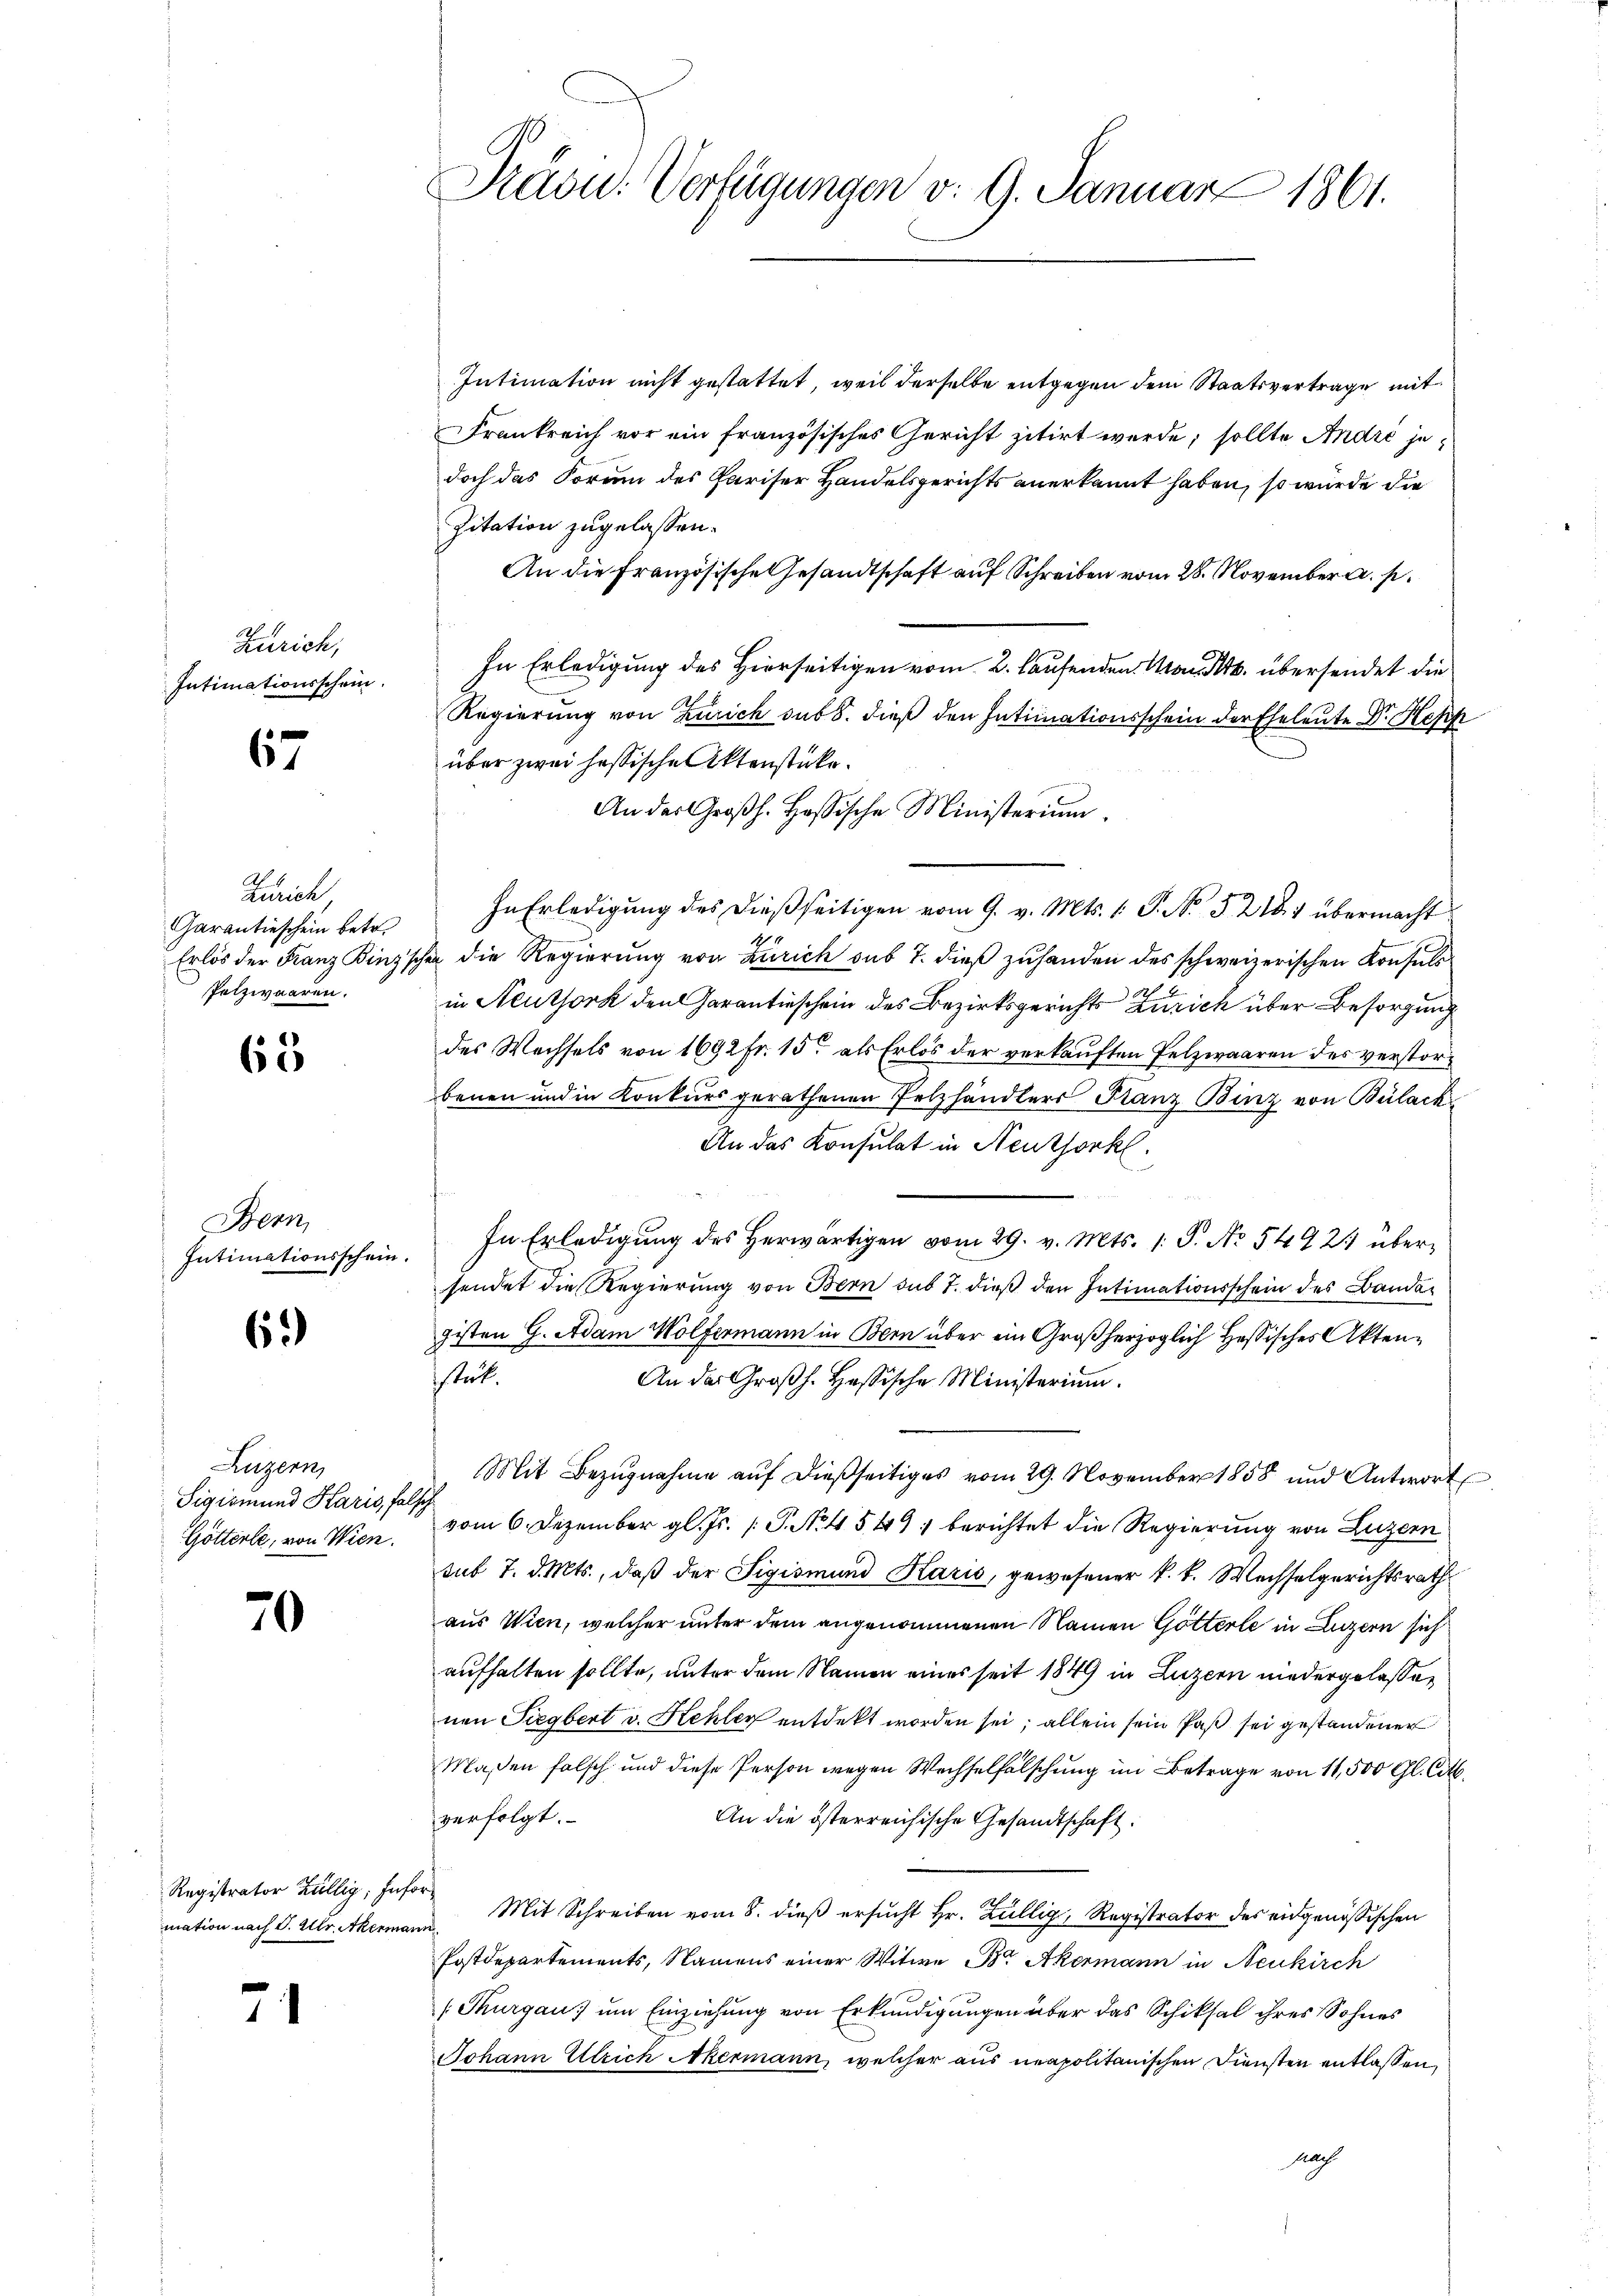
Zürich,
Intimationsschein.

67

Zürich
Garantieschein betr.
Erlös der Franz Binz sche
Pelzwaaren.

63

Stern,
Intimationsschein.

6.)

Luzern,
Sigismund Karis, falsch
Götterli, von Wien.

70

Registrator Zillig, Infor¬

71

Präsid. Verfügungen v. 9. Januar 1861.

Intimation nicht gestattet, weil derselbe entgegen dem Staatsvertrage mit
Frankreich vor ein französisches Gericht zitirt werde; sollte André jedoch das Forum des Pariser Handelsgerichts anerkannt haben, so würde die
Zitation zugelassen.
An die Französische Gesandtschaft auf Schreiben vom 28. November a. p.
In Erledigung des Hierseitigen vom 2. laufenden Man übersendet die
Regierung von Zürich das 8. dieß den Intimationsschein der Eheleute Dr. Hes
über zwei hessische Aktenstücke.
An des Großh. Hosische Ministerium.
In Erledigung des dießseitigen vom 9. v. Mts. 1. P. No. 521 1 übermacht
sa die Regierung von Zürich sub 7. dieß zuhanden des schweizerischen Konsuls
in Neuthork den Garantieschein des Bezirksgerichts Zürich über Besorgung
des Wechsels von 1692 fr. 15 als Erlös der verkauften Pelzwaaren des verstorbenen und in Konkurs gerathenen Pelzhändlers Franz Binz von Bülack
An das Konsulat in Neuthorkl.
In Erledigung des herwärtigen vom 29. v. Mts. 1. P. No 5492) übersendet die Regierung von Bern sub 7. dieß den Intimationsschein des Bander
gisten G. Adam Wölfermann in Bern über ein Großherzoglich Hessisches Aktenstät.
An der Groβh. Hassische Ministerium.
Mit Bezugnahme auf dießseitiges vom 29. November 1858 und Antwort
vom 6. Dezember gl. Js. [P. Nr. 4549, berichtet die Regierung von Luzern
sub 7. d. Mts., daß der Sigismund Karis, gewesener k. k. Wechselgerichtsrath
aus Wien, welcher unter dem angenommenen Namen Götterle in Luzern sich
aufhalten sollte, unter dem Namen eines seit 1849 in Luzern niedergelassen
nen Siegbert v. Hehler entdeckt worden sei; allein sein Paß sei gestandener
Maßen falsch und diese Person wegen Wechselfälschung im Betrage von 11,500 Gl. Cit
verfolgt.
An die österreichische Gesandtschaft:
mation nach S. Mltr. Akermann. Mit Schreiben vom 8. dieß ersucht Hr. Züllig, Registrator des eidgenößischen
Postdepartements, Namens einer Witwe B Akermann in Neukirch
(Thurgau, um Einziehung von Erkundigungen über das Schiksal ihres Sohnes
Johann Ulrich Akermann, welcher aus neapolitanischen Diensten entlassen,
Nach